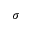
\sigma